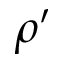
\rho ^ { \prime }